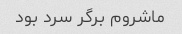
ماشروم برگر سرد بود